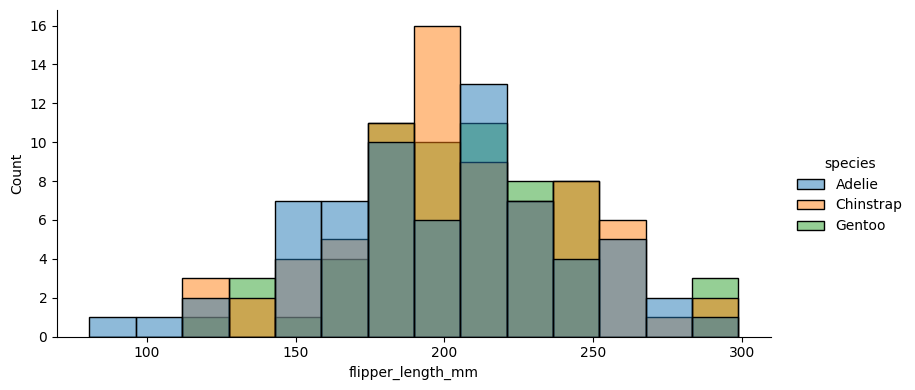
python, seaborn, displot, kind='hist', column='flipper_length_mm', hue='species', height=4, aspect=2.0